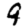
Digit: 9